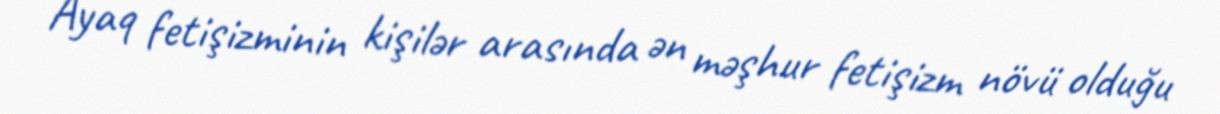
Ayaq fetişizminin kişilər arasında ən məşhur fetişizm növü olduğu